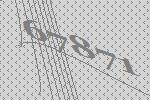
67871